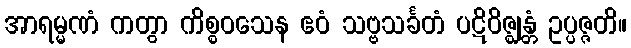
အာရမ္မဏံ ကတွာ ကိစ္စဝသေန ဧဝံ သဗ္ဗသင်္ခတံ ပဋိဝိဇ္ဈန္တံ ဥပ္ပဇ္ဇတိ။